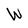
Character: W